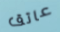
عاتق